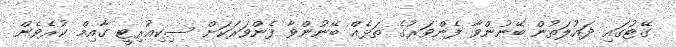
ގޭޓުގައި ދައުލަތުން ބޭނުންވާ ފެންވަރުގެ ތަޅެއް ބޭނުންވާ ފެންވަރަކަށް ސިކިއުރިޓީ ގާއިމް ކުރެވެން